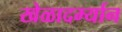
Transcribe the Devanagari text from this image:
खेळादर्म्यान